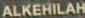
ALKEHILAH